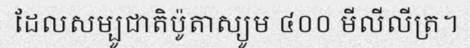
ដែលសម្បូជាតិប៉ូតាស្យូម ៤០០ មីលីលីត្រ។